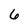
Character: 6